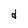
Character: d